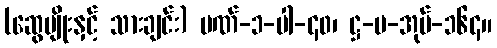
(ဆွေမျိုးနှင့် သားချင်း) ပဏ်-၁-ပါ-၄၀၊ ဋ္ဌ-ပ-အုပ်-၁၆၄။